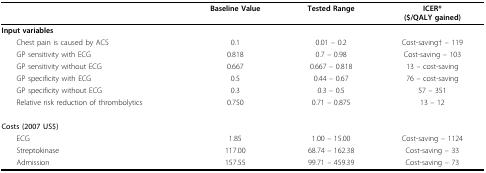
|  | Baseline Value | Tested Range | ICER*($/QALY gained) |
 | --- | --- | --- | --- |
 | Input variables |  |  |  |
 | Chest pain is caused by ACS | 0.1 | 0.01 -- 0.2 | Cost-saving† -- 119 |
 | GP sensitivity with ECG | 0.818 | 0.7 -- 0.98 | Cost-saving -- 103 |
 | GP sensitivity without ECG | 0.667 | 0.667 -- 0.818 | 13 -- cost-saving |
 | GP specificity with ECG | 0.5 | 0.44 -- 0.67 | 76 -- cost-saving |
 | GP specificity without ECG | 0.3 | 0.3 -- 0.5 | 57 -- 351 |
 | Relative risk reduction of thrombolytics | 0.750 | 0.71 -- 0.875 | 13 -- 12 |
 | Costs (2007 US$) |  |  |  |
 | ECG | 1.85 | 1.00 -- 15.00 | Cost-saving -- 1124 |
 | Streptokinase | 117.00 | 68.74 -- 162.38 | Cost-saving -- 33 |
 | Admission | 157.55 | 99.71 -- 459.39 | Cost-saving -- 73 |